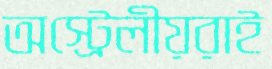
অস্ট্রেলীয়রাই